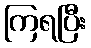
ကြရပြီး